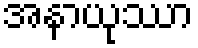
အနာယုဿာ